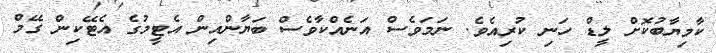
ކާމިޔާބުކޮށް ލީޑް ހަނި ކުރިއެވެ. ނަމަވެސް އަނެއްކާވެސް ބަޔާންއިން އެޓީމުގެ އެޓޭކިން ގޭމް